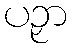
ပဉှာ